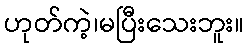
ဟုတ်ကဲ့၊မပြီးသေးဘူး။